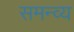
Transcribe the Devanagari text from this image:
समन्व्य